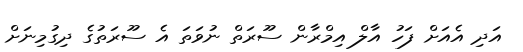
އަދި އެއަށް ފަހު އާލް އިމްރާން ސޫރަތް ނުވަތަ އެ ސޫރަތުގެ ދިގުމިނަށް